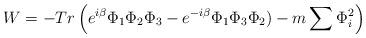
LaTeX: \begin{align*}W=- Tr \left( e^{i\beta}\Phi_1\Phi_2\Phi_3-e^{-i\beta}\Phi_1\Phi_3\Phi_2)-m\sum \Phi_i^2 \right)\end{align*}